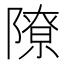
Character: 𫕔